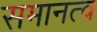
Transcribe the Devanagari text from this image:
समानत्व